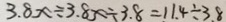
3 . 8 x \div 3 . 8 x \div 3 . 8 = 1 1 . 4 \div 3 . 8